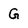
Character: G